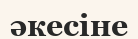
әкесіне